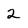
Character: 2